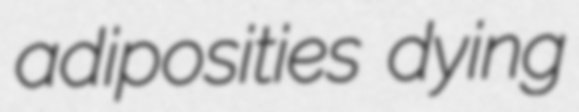
adiposities dying